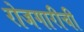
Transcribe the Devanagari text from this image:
रोजगारीची